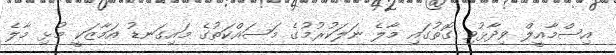
އިސްމާއީލް ވިދާޅުވި ގޮތުގައި މާލެ ނަލަކުރުމުގެ މަސައްކަތުގެ މައިގަނޑު އަމާޒަކީ މުޅި މާލެ